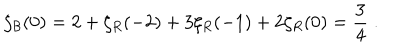
\zeta _ { \cal B } ( 0 ) = 2 + \zeta _ { R } ( - 2 ) + 3 \zeta _ { R } ( - 1 ) + 2 \zeta _ { R } ( 0 ) = { \frac { 3 } { 4 } } \; .